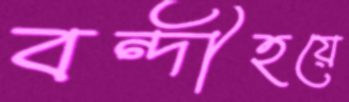
বন্দীহয়ে